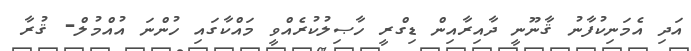
އަދި އެމަނިކުފާނު ޤާނޫނީ ދާއިރާއިން ޑިގްރީ ހާޞިލުކުރެއްވީ މައްކާގައި ހުންނަ އުއްމުލް- ޤުރާ